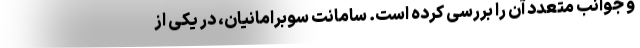
و جوانب متعدد آن را بررسی کرده است. سامانت سوبرامانیان، در یکی از